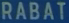
RABÁT